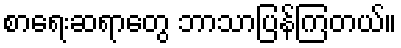
စာရေးဆရာတွေ ဘာသာပြန်ကြတယ်။